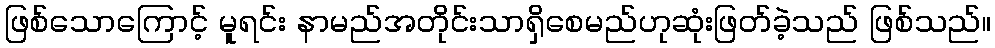
ဖြစ်သောကြောင့် မူရင်း နာမည်အတိုင်းသာရှိစေမည်ဟုဆုံးဖြတ်ခဲ့သည် ဖြစ်သည်။